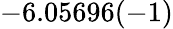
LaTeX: -6.05696(-1)